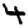
Digit: 4